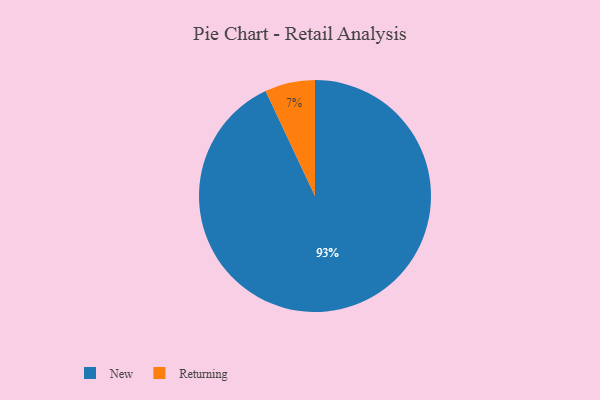
{"axis": {"x": "Category", "y": "Percentage"}, "legend": ["New", "Returning"], "data": [{"x": "Returning", "y": 7, "type": "Returning"}, {"x": "New", "y": 93, "type": "New"}]}